Civil Veterinary Dept. North-West Frontier Province 1923-32 - 1923-1932
Year: 1923
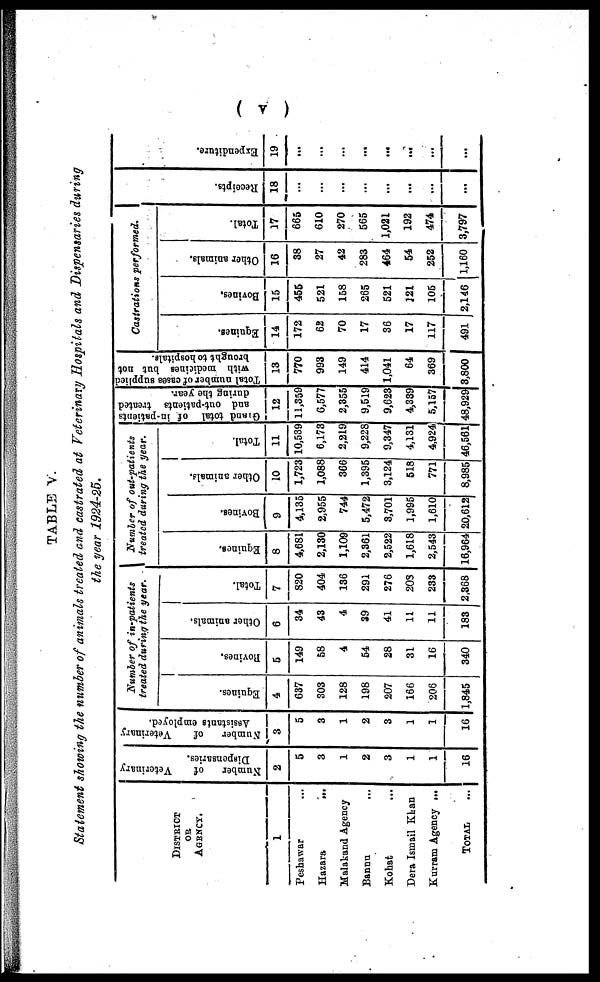
( v )
TABLE V.
Statement showing the number of animals treated and castrated at Veterinary Hospitals and Dispensaries during
the year 1924-25.
DISTRICT
OR
AGENCY.
1
Peshawar
Hazara
...
Malakand Agency
Bannu
...
Kohat ...
Dera Ismail Khan
Kurram Agency ...
TOTAL ...
Number
of
Veterinary
Dispensaries.
2
5
3
1
2
3
1
1
16
Number
of
Veterinary
Assistants employed.
3
5
3
1
2
3
1
1
16
Number of in-patients
treated during the year.
Equi nes .
4
637
303
128
198
207
166
206
1,845
Bovines.
5
149
58
4
54
28
31
16
340
Ot her animals.
6
34
43
4
39
41
11
11
183
Tot al .
7
820
404
136
291
276
208
233
2,368
Number of out-patients
treated during the year.
Equi nes .
8
4,681
2,130
1,109
2,361
2,522
1,618
2,543
16,964
Bovi nes .
9
4,135
2,955
744
5,472
3,701
1,995
1,610
20,612
Ot her animals.
10
1,723
1,088
366
1,395
3,124
518
771
8,985
Total.
11
10,539
6,173
2,219
9,228
9,347
4,131
4,924
46,561
Grand
total of in-patients
and out-patients treated
during the year.
12
11,359
6,577
2,355
9,519
9,623
4,339
5,157
48,929
Total number of cases supplied
with medicines but not
brought to hospitals.
13
770
993
149
414
1,041
64
369
3,800
Castrations performed.
Equines.
14
172
62
70
17
36
17
117
491
Bovines.
15
455
521
158
265
521
121
105
2,146
other animals.
16
38
27
42
283
464
54
252
1,160
Total.
17
665
610
270
565
1,021
192
474
3,797
Receipts.
18
...
...
...
...
...
...
...
...
Expenditure.
19
...
...
...
...
...
...
...
...